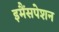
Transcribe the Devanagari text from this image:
इमैंसपेशन